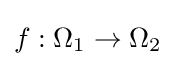
\textstyle f:\Omega _{1}\to \Omega _{2}